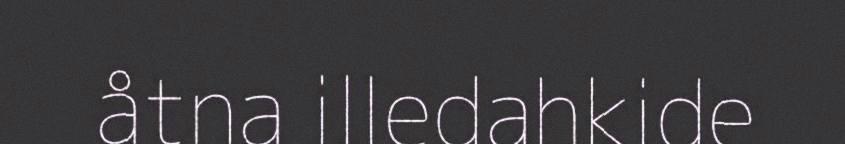
åtna illedahkide